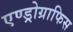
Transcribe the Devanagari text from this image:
एण्ड्रोग्राफिस